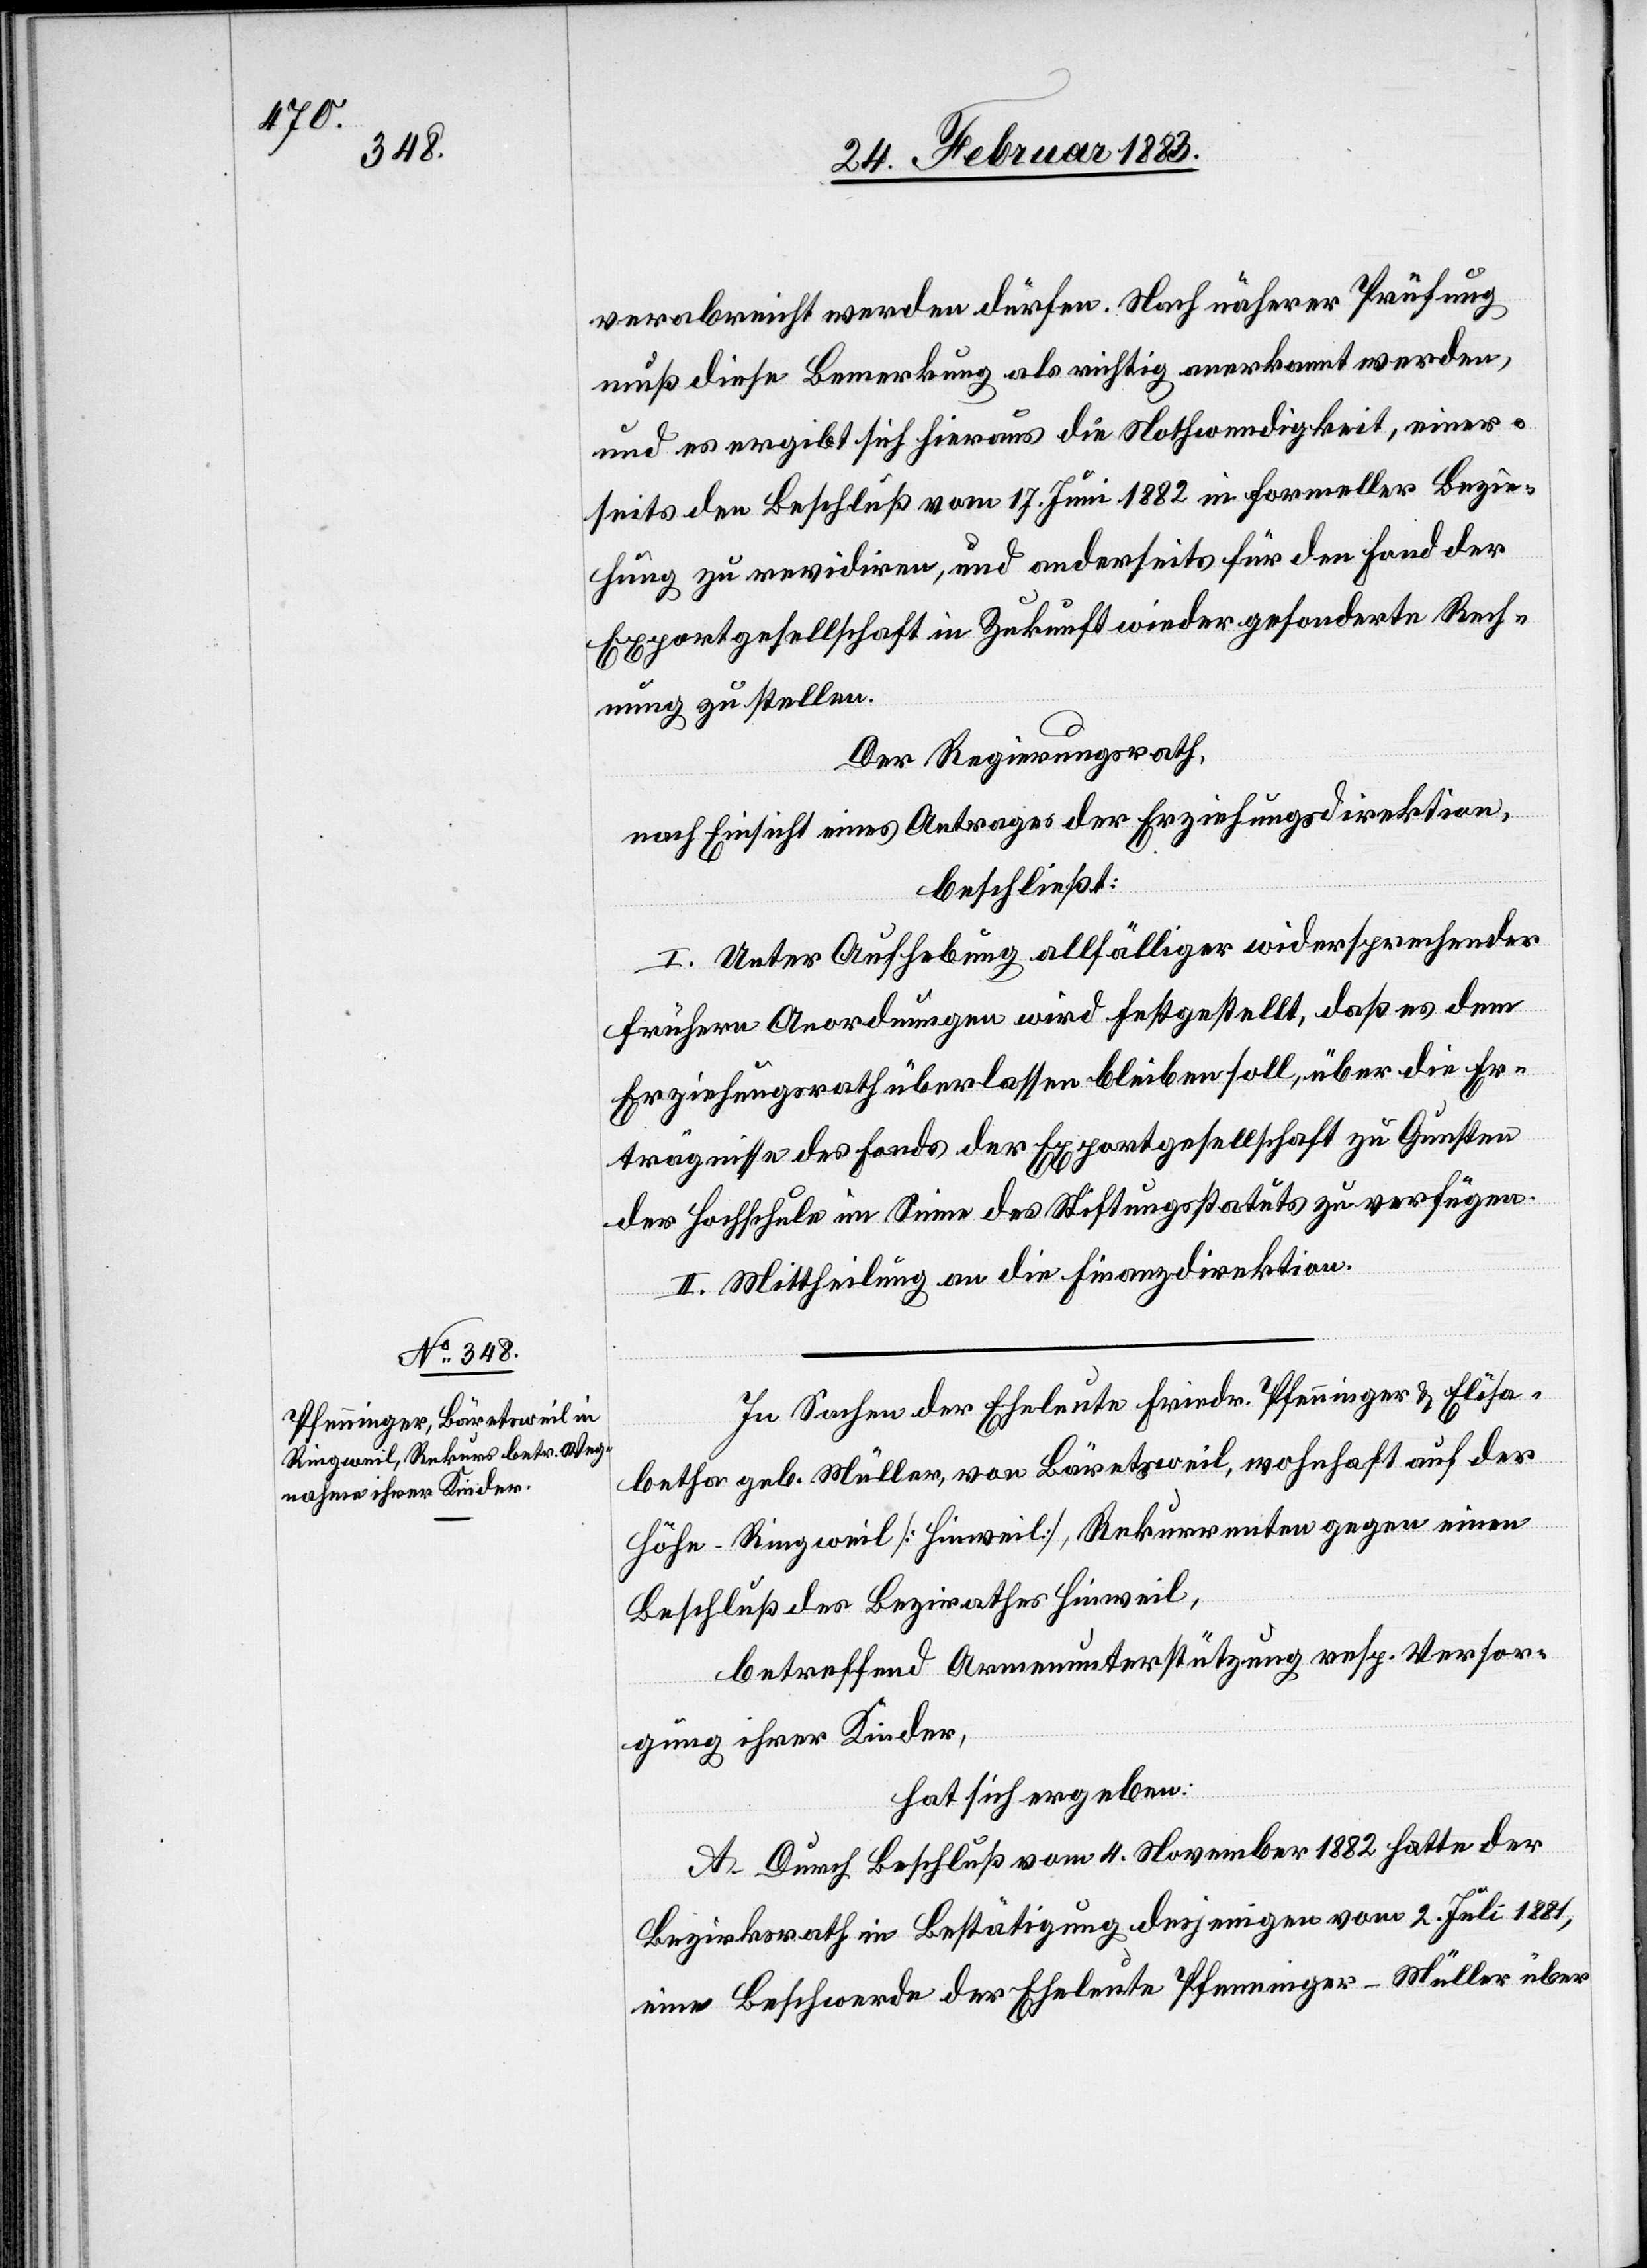
verabreicht werden dürfen. Nach näherer Prüfung
muß diese Bemerkung als richtig anerkannt werden,
und es ergibt sich hieraus die Nothwendigkeit, einer¬
seits den Beschluß vom 17. Juni 1882 in formeller Bezie¬
hung zu revidiren, und anderseits für den Fond der
Exportgesellschaft in Zukunft wieder gesonderte Rech¬
nung zu stellen.
Der Regierungsrath,
nach Einsicht eines Antrages der Erziehungsdirektion,
beschließt:
I. Unter Aufhebung allfälliger widersprechender
frühern Anordnungen wird festgestellt, daß es dem
Erziehungsrath überlassen bleiben soll, über die Er¬
trägnisse des Fonds der Exportgesellschaft zu Gunsten
der Hochschule im Sinne des Stiftungsstatuts zu verfügen.
II. Mittheilung an die Finanzdirektion.
In Sachen der Eheleute Friedr. Pfenninger & Elisa¬
betha geb. Müller, von Bäretsweil, wohnhaft auf der
Höhe - Ringweil, [Hinweil], Rekurrenten gegen einen
Beschluß des Bezirksrathes Hinweil,
betreffend Armenunterstützung resp. Versor¬
gung ihrer Kinder,
hat sich ergeben:
A. Durch Beschluß vom 4. November 1882 hatte der
Bezirksrath in Bestätigung desjenigen vom 2. Juli 1881,
eine Beschwerde der Eheleute Pfenninger-Müller über